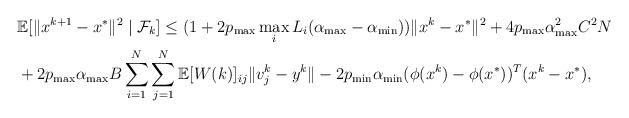
LaTeX: \begin{align*} &\mathbb{E}[ \|x^{k+1} - x^*\|^2 \mid\mathcal{F}_k] \leq (1+2p_{\max} \max_i L_i(\alpha_{\max}-\alpha_{\min}) )\|x^k-x^*\|^2 + 4p_{\max}\alpha_{\max}^2 C^2N\cr &+2p_{\max}\alpha_{\max} B \sum_{i=1}^N\sum_{j=1}^N \mathbb{E}[W(k)]_{ij}\|v^k_j-y^k\| - 2p_{\min}\alpha_{\min} (\phi(x^k) - \phi(x^*))^T(x^k - x^*),\end{align*}